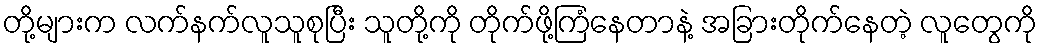
တို့များက လက်နက်လူသူစုပြီး သူတို့ကို တိုက်ဖို့ကြံနေတာနဲ့ အခြားတိုက်နေတဲ့ လူတွေကို